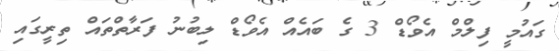
ގައުމީ ފިލްމް އެވޯޑް 3 ގެ ބައެއް އެވޯޑް ލިބުނު ފަރާތްތައް ތިރީގައި